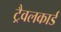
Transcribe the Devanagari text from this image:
ट्रैवलकार्ड